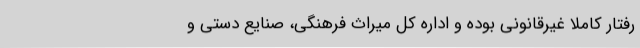
رفتار کاملاً غیرقانونی بوده و اداره کل میراث فرهنگی، صنایع دستی و